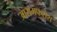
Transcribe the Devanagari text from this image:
आरामफरोश